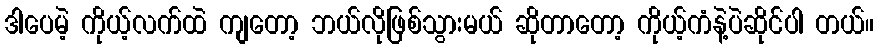
ဒါပေမဲ့ ကိုယ့်လက်ထဲ ကျတော့ ဘယ်လိုဖြစ်သွားမယ် ဆိုတာတော့ ကိုယ့်ကံနဲ့ပဲဆိုင်ပါ တယ်။